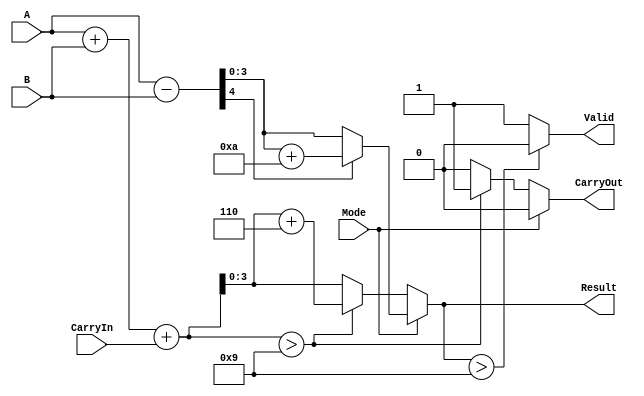
module BCD_Add_Subtracter (
    input wire [3:0] A,        // BCD input operand A
    input wire [3:0] B,        // BCD input operand B
    input wire Mode,           // Control signal (0 for add, 1 for subtract)
    input wire CarryIn,        // Optional carry input for addition
    output reg [3:0] Result,   // BCD result of addition or subtraction
    output reg CarryOut,       // Carry output flag
    output reg Valid           // Validity flag for BCD result
);

    reg [4:0] Sum;             // Intermediate sum for addition
    reg [4:0] Diff;            // Intermediate difference for subtraction

    always @(*) begin
        // Initialize outputs
        Result = 4'b0000;
        CarryOut = 1'b0;
        Valid = 1'b1;

        if (Mode == 1'b0) begin
            // Addition: A + B + CarryIn
            Sum = A + B + CarryIn;

            // Check if the sum exceeds 9 (1001)
            if (Sum > 4'b1001) begin
                Sum = Sum + 4'b0110; // Add 6 (0110)
                CarryOut = 1'b1;     // Set CarryOut
            end
            
            Result = Sum[3:0]; // Take the lower 4 bits as result

        end else begin
            // Subtraction: A - B
            Diff = A - B;

            // Check if the result is negative
            if (Diff[4] == 1'b1) begin
                Diff = Diff + 4'b1010; // Add 10 (1010) to adjust
            end
            
            Result = Diff[3:0]; // Take the lower 4 bits as result
        end

        // Check for valid BCD (valid only if Result is in the range 0-9)
        if (Result > 4'b1001) begin
            Valid = 1'b0; // Result is not a valid BCD
        end
    end

endmodule